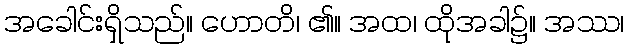
အခေါင်းရှိသည်။ ဟောတိ၊ ၏။ အထ၊ ထိုအခါ၌။ အဿ၊